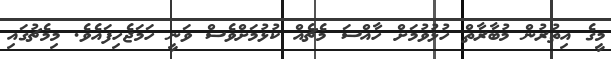
މީގެ އިތުރުން މުބާރާތް ހުޅުވުމަށް ހާއްސަ މެޗެއް ކުޅުމަށްވެސް ވަނީ ހަމަޖެހިފައެވެ. މިމެޗުގައި